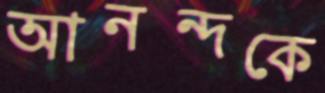
আনন্দকে